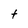
Character: t